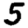
Digit: 5